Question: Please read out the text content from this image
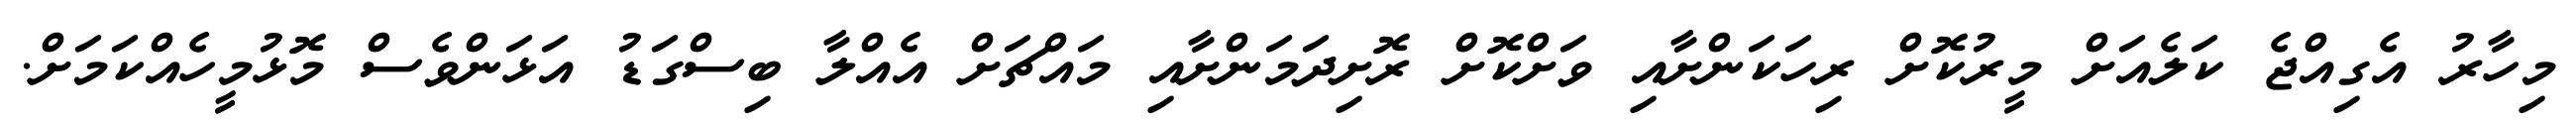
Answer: މިހާރު އެގިއްޖެ ކަލެއަށް މީރުކޮށް ރިހަކަންށާއި ވަށްކޮށް ރޮށިދަމަންށާއި މައްޗަށް އެއްލާ ބިސްގަޑު އަޅަންވެސް މޮޅުމީހެއްކަމަށް.